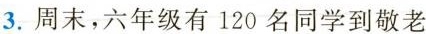
3.周末，六年级有120名同学到敬老